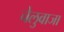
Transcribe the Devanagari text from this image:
चेलुवाजा